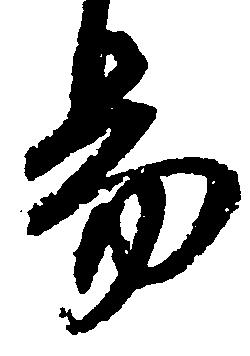
易